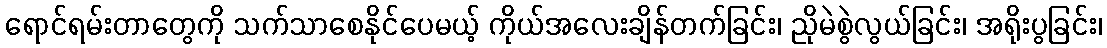
ရောင်ရမ်းတာတွေကို သက်သာစေနိုင်ပေမယ့် ကိုယ်အလေးချိန်တက်ခြင်း၊ ညိုမဲစွဲလွယ်ခြင်း၊ အရိုးပွခြင်း၊